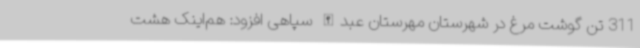
311 تن گوشت مرغ در شهرستان مهرستان عبدالله سپاهی افزود: هم‌اینک هشت